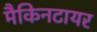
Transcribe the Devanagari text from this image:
मैकिनटायर